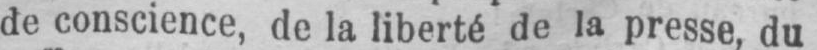
de conscience, de la liberté de la presse, du